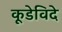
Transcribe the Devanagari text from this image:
कूडेविदे